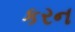
કરન